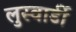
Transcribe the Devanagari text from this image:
लुस्वार्डी